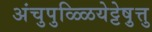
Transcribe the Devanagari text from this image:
अंचुपुळ्ळियेट्टेषु़त्तु